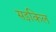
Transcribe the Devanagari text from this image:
सइकिल